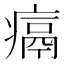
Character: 𪽶